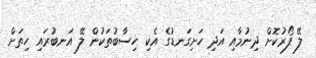
ލޭ ފޯރުކޮށް ދިނުމާއި އަދި ހަށިގަނޑުގެ އެކި ހިސާބުތަކުން ލޭ އަނބުރައި ހިތަށް